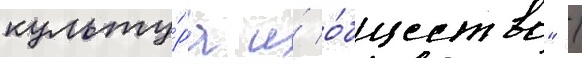
культу́ра и́ о́бщество" /